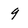
Character: 9